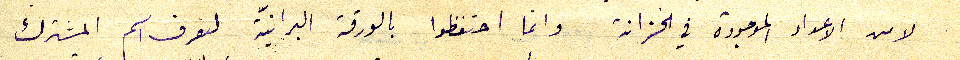
لا من الاعداد الموجودة في الخزانة وانما احتفظوا بالورقة البرانيّة لنعرف اسم المشترك